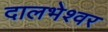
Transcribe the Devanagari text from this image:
दालभेश्वर